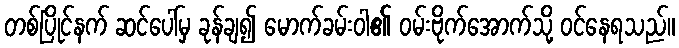
တစ်ပြိုင်နက် ဆင်ပေါ်မှ ခုန်ချ၍ မောက်ခမ်းဝါ၏ ဝမ်းဗိုက်အောက်သို့ ဝင်နေရသည်။